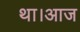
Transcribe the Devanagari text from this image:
था।आज